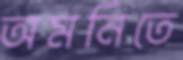
অমনিতে